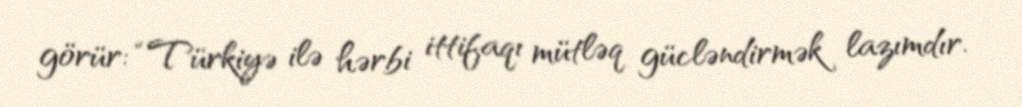
görür: “Türkiyə ilə hərbi ittifaqı mütləq gücləndirmək lazımdır.